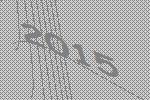
2015